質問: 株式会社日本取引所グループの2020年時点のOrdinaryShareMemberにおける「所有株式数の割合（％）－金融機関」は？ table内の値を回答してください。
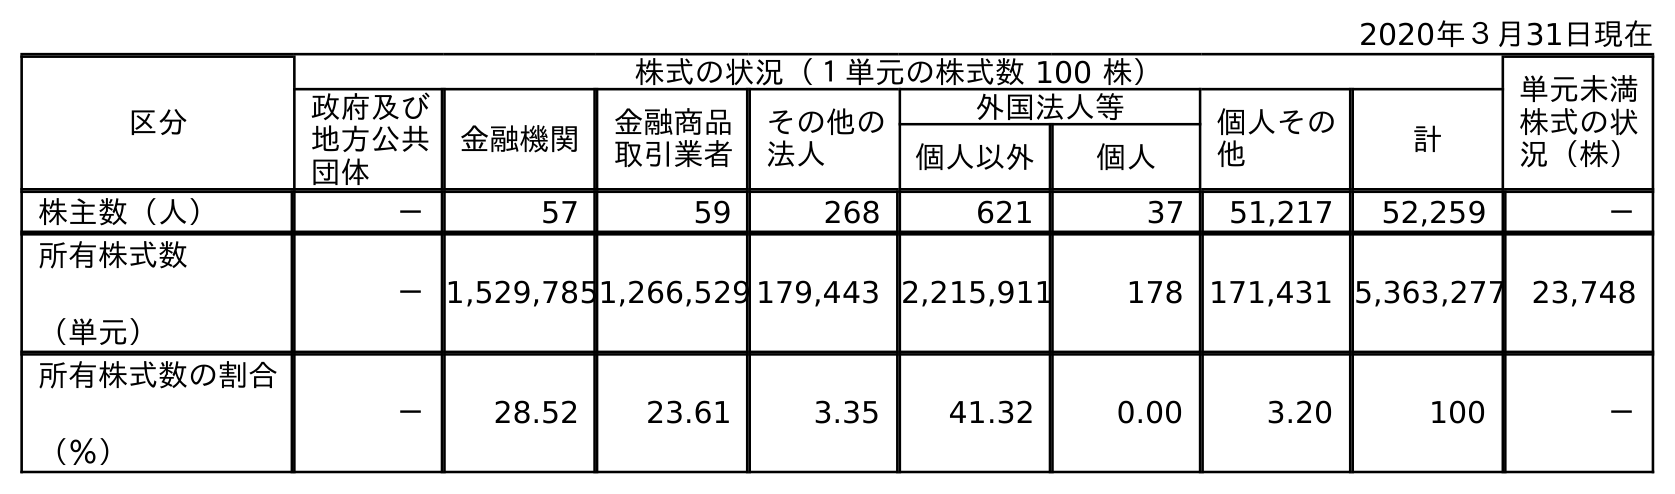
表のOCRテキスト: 2020年３月31日現在 区分 株式の状況（１単元の株式数 100 株） 単元未満 株式の状 況（株） 政府及び 地方公共 団体 金融機関 金融商品 取引業者 その他の 法人 外国法人等 個人その 他 計 個人以外 個人 株主数（人） － 57 59 268 621 37 51,217 52,259 － 所有株式数 （単元） －1,529,7851,266,529 179,443 2,215,911 178 171,431 5,363,277 23,748 所有株式数の割合 （％） － 28.52 23.61 3.35 41.32 0.00 3.20 100 －
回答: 28.52